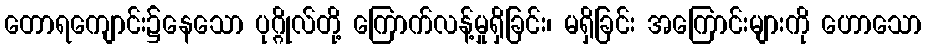
တောရကျောင်း၌နေသော ပုဂ္ဂိုလ်တို့ ကြောက်လန့်မှုရှိခြင်း၊ မရှိခြင်း အကြောင်းများကို ဟောသော